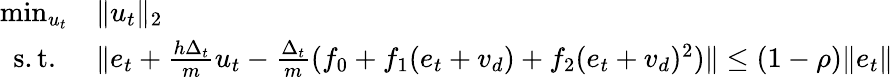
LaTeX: \begin{array}{rl}{\operatorname*{min}_{u_{t}}}&{\| u_{t}\| _{2}}\\ {\mathrm{s.t.~}}&{\| e_{t}+\frac{h\Delta_{t}}{m}u_{t}-\frac{\Delta_{t}}{m}(f_{0}+f_{1}(e_{t}+v_{d})+f_{2}(e_{t}+v_{d})^{2})\| \leq(1-\rho)\| e_{t}\| }\end{array}